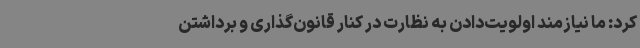
کرد: ما نیازمند اولویت‌دادن به نظارت در کنار قانون‌گذاری و برداشتن